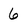
Character: 6